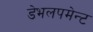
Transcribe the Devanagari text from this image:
डेभलपमेन्ट